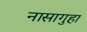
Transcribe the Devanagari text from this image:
नासागुहा